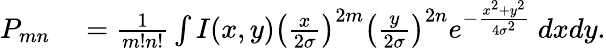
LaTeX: \begin{array}{rl}{P_{mn}}&{{}=\frac{1}{m!n!}\int I(x,y)\left(\frac{x}{2\sigma}\right)^{2m}\left(\frac{y}{2\sigma}\right)^{2n}e^{-\frac{x^{2}+y^{2}}{4\sigma^{2}}}\ dxdy.}\end{array}